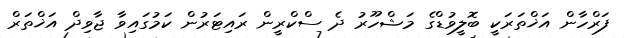
ފަރްހާން އަޚްތަރަކީ ބޮލީވުޑްގެ މަޝްހޫރު ދެ ސްކްރީން ރައިޓަރުން ކަމުގައިވާ ޖާވިދް އަޚްތަރް